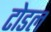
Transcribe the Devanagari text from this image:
टोडल